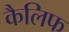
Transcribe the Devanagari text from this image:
कैलिफ